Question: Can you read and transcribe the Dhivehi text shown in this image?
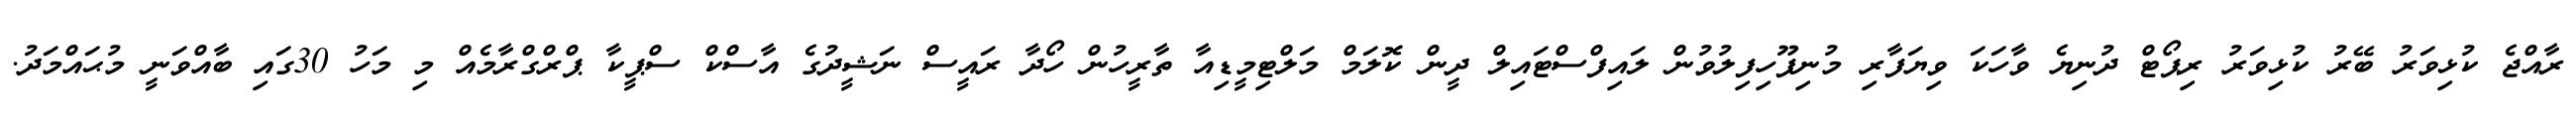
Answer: ރާއްޖެ ކުޅިވަރު ބޭރު ކުޅިވަރު ރިޕޯޓް ދުނިޔެ ވާހަކަ ވިޔަފާރި މުނިފޫހިފިލުވުން ލައިފްސްޓައިލް ދީން ކޮލަމް މަލްޓިމީޑިއާ ތާރީހުން ހޯދާ ރައީސް ނަޝީދުގެ އާސްކް ސްޕީކާ ޕްރްގްރާމެއް މި މަހު 30ގައި ބާއްވަނީ މުޙައްމަދު.